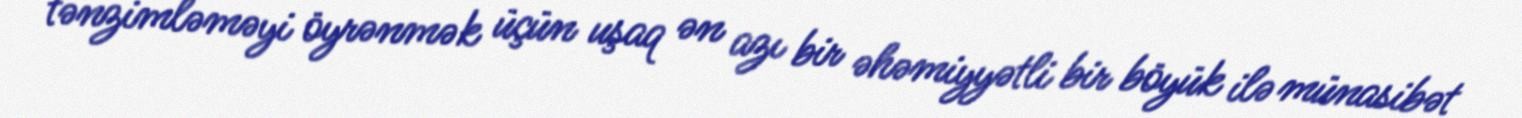
tənzimləməyi öyrənmək üçün uşaq ən azı bir əhəmiyyətli bir böyük ilə münasibət